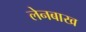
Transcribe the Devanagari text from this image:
लेनबाख